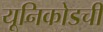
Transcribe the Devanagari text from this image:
यूनिकोडची